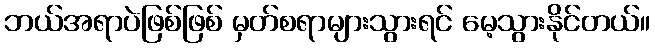
ဘယ်အရာပဲဖြစ်ဖြစ် မှတ်စရာများသွားရင် မေ့သွားနိုင်တယ်။